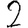
Digit: 2